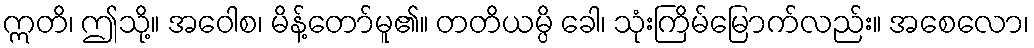
ဣတိ၊ ဤသို့။ အဝေါစ၊ မိန့်တော်မူ၏။ တတိယမ္ပိ ခေါ၊ သုံးကြိမ်မြောက်လည်း။ အစေလော၊